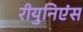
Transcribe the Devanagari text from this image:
रीयुनिएंस